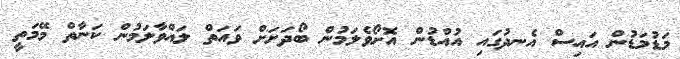
މަޑުމަޑުން އައިސް އެނދުގައި އުއްޑުން އޮށޯވެލަމުން ބޯދަށަށް ވައަތް ލައްވާލަމުން ކަނާތް މޭމަތީ